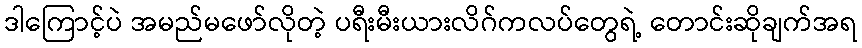
ဒါကြောင့်ပဲ အမည်မဖော်လိုတဲ့ ပရီးမီးယားလိဂ်ကလပ်တွေရဲ့ တောင်းဆိုချက်အရ